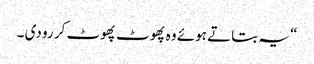
“ یہ بتاتے ہوئے وہ پھوٹ پھوٹ کر رو دی ۔